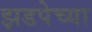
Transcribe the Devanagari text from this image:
झडपेच्या